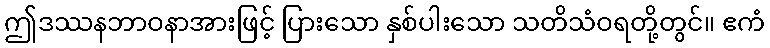
ဤဒဿနဘာဝနာအားဖြင့် ပြားသော နှစ်ပါးသော သတိသံဝရတို့တွင်။ ဧကံ